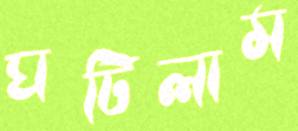
ঘটিলাম